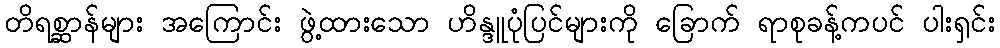
တိရစ္ဆာန်များ အကြောင်း ဖွဲ့ထားသော ဟိန္ဒူပုံပြင်များကို ခြောက် ရာစုခန့်ကပင် ပါးရှင်း